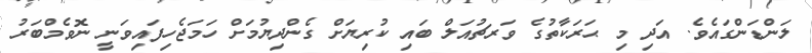
ލަންޑަންގައެވެ. އަދި މި ޙަރަކާތުގެ ވަރޗުއަލް ބައި ކުރިޔަށް ގެންދިޔުމަށް ހަމަޖެހިފައިވަނީ ނޮވެމްބަރު